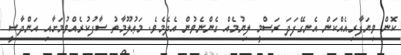
ކޮން ވިޔަފާރިއެއްކަން އެނގޭފަދަ ރަސްމީ ލިޔުމެއް ގެންނެވުން އެދެމެވެ. މަޢުލޫމާތު ސާފުކުރެއްވުމަށާއި އަންދާސީ